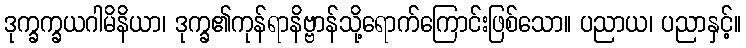
ဒုက္ခက္ခယဂါမိနိယာ၊ ဒုက္ခ၏ကုန်ရာနိဗ္ဗာန်သို့ရောက်ကြောင်းဖြစ်သော။ ပညာယ၊ ပညာနှင့်။